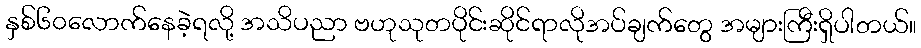
နှစ်၆၀လောက်နေခဲ့ရလို့ အသိပညာ ဗဟုသုတပိုင်းဆိုင်ရာလိုအပ်ချက်တွေ အများကြီးရှိပါတယ်။